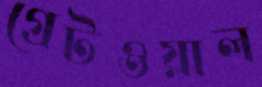
গ্রেটওয়াল